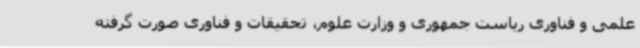
علمی و فناوری ریاست جمهوری و وزارت علوم، تحقیقات و فناوری صورت گرفته